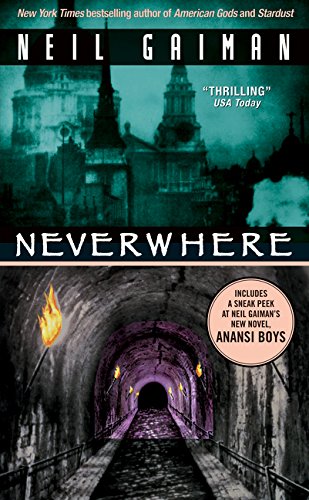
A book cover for Neverwhere; Neil Gaiman; Literature & Fiction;